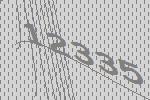
12335